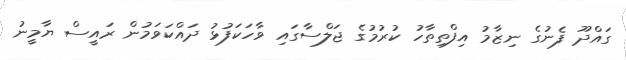
ގައްދޫ ފެނުގެ ނިޒާމު އިފްތިތާހު ކުރުމުގެ ޖަލްސާގައި ވާހަކަފުޅު ދައްކަވަމުން ރައީސް ޔާމީނު